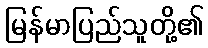
မြန်မာပြည်သူတို့၏